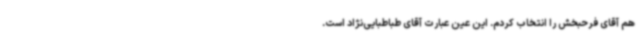
هم آقای فرحبخش را انتخاب کردم. این عین عبارت آقای طباطبایی‌نژاد است.